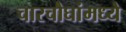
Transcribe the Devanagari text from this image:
चारचौघांमध्ये